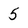
Character: 5